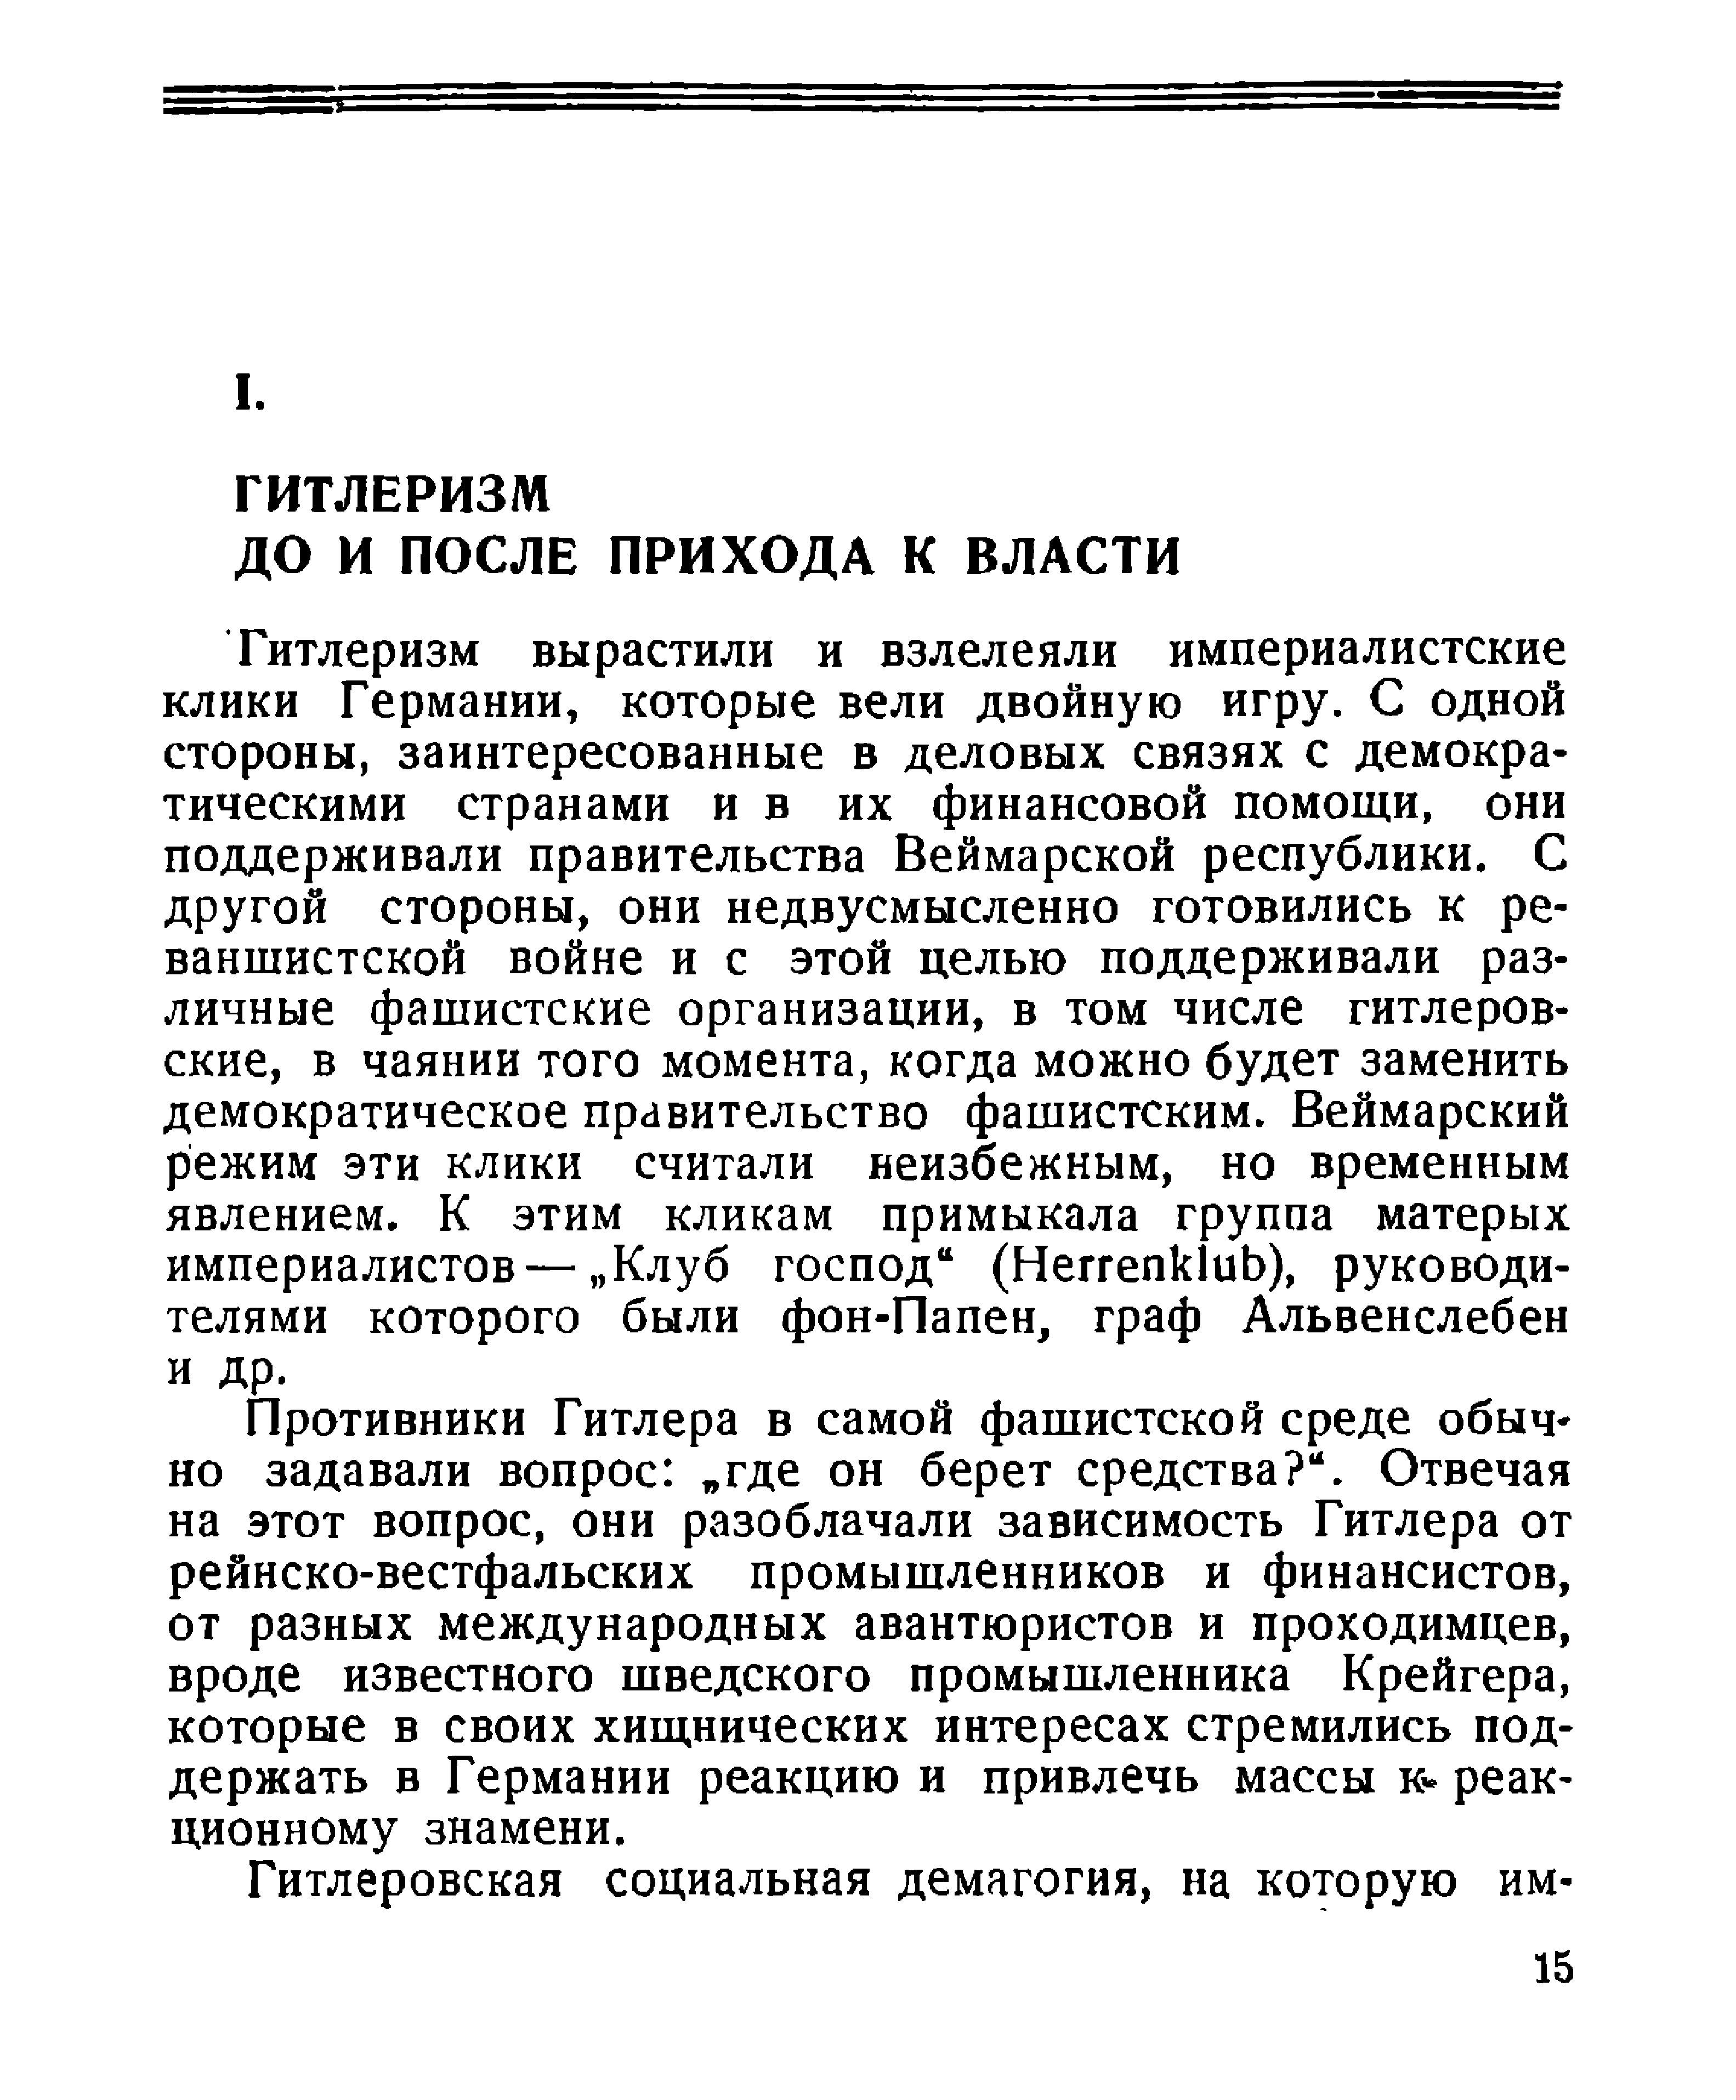
ГИТЛЕРИЗМ
 ДО           И      ПОСЛЕ                     ПРИХОДА                            К       ВЛАСТИ
 Гитлеризм                          вырастили                          и      взлелеяли                          империалистские
 клики                Германии,                         которые                   вели             двойную                       игру.            С       одной
 стороны,                    заинтересованные                                       в     деловых                     связях               с     демокра­
 тическими                          странами                       и     в        их          финансовой                          помощи,                       они
 поддерживали                                правительства                               Веймарской                           республики.                             С
 другой                    стороны,                     они          недвусмысленно                                     готовились                         к      ре­
 ваншистской                               войне              и      с       этой           целью                 поддерживали                                  раз­
 личные                   фашистские                           организации,                            в      том          числе                гитлеров­
 ские,             в     чаянии               того           момента,                   когда             можно                будет             заменить
 демократическое                                    правительство                                 фашистским.                            Веймарский
 режим                 эти         клики                  считали                     неизбежным,                                но        временным
 явлением.                        К        этим              кликам                     примыкала                          группа                  матерых
 империалистов—                                     „Клуб                  господ“                   (Неггепк1иЬ),                            руководи­
 телями                   которого                      были               фон-Папен,                            граф              Альвенслебен
 и     др.
 Противники                           Гитлера                   в     самой              фашистской                           среде              обыч­
 но          задавали                    вопрос:                  „где           он         берет              средства?“                     .     Отвечая
 на        этот           вопрос,                 они           разоблачали                           зависимость                           Гитлера                  от
 рейнско-вестфальских                                                   промышленников                                         и      финансистов,
 от        разных                 международных                                     авантюристов                              и     проходимцев,
 вроде                известного                        шведского                          промышленника                                       Крейгера,
 которые                     в     своих             хищнических                              интересах                     стремились                         под­
 держать                     в     Германии                      реакцию                    и       привлечь                      массы               к*     реак­
 ционному                      знамени.
 Гитлеровская                               социальная                         демагогия,                         на       которую                      им-
 15